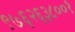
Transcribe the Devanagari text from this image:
९७६२६३८००१